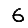
Digit: 6